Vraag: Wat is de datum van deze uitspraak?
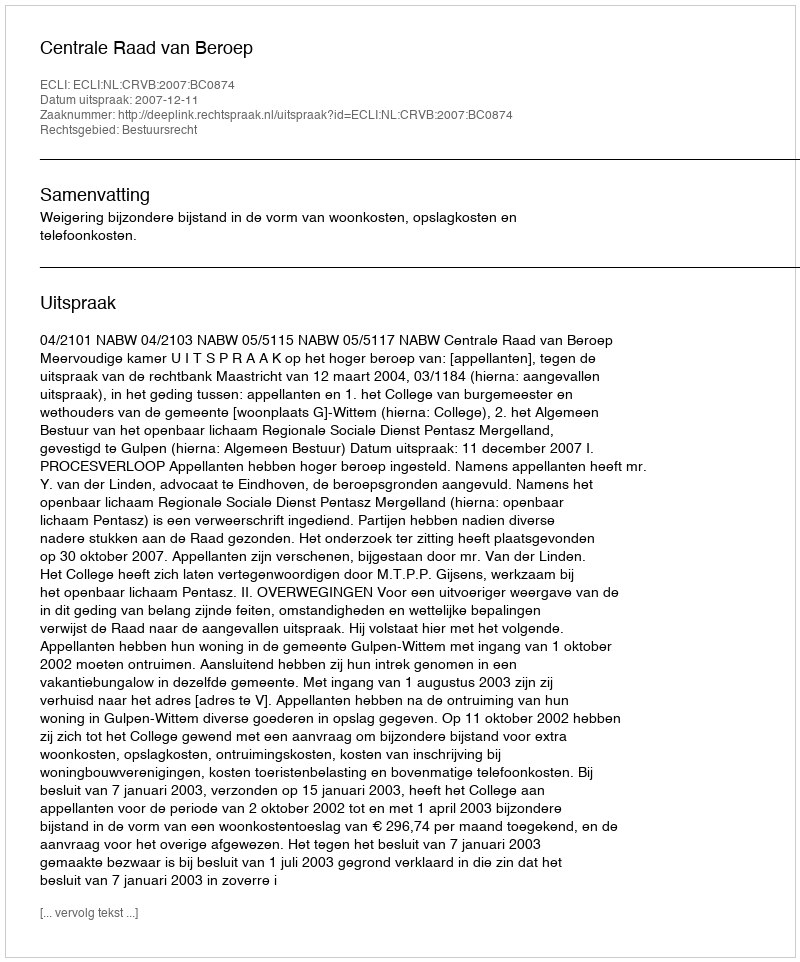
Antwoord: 2007-12-11